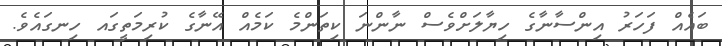
ބައެއް ފަހަރު އިންސާނާގެ ހިޔާލަށްވެސް ނާންނަ ކިތަންމެ ކަމެއް އޭނާގެ ކުރިމަތީގައ ހިނގައެވެ.